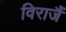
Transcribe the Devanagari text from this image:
विराजैं